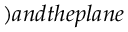
) a n d t h e p l a n e